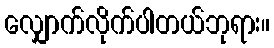
လျှောက်လိုက်ပါတယ်ဘုရား။